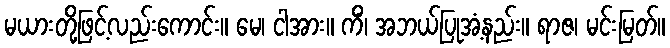
မယားတို့ဖြင့်လည်းကောင်း။ မေ၊ ငါအား။ ကိံ၊ အဘယ်ပြုအံ့နည်း။ ရာဇ၊ မင်းမြတ်။